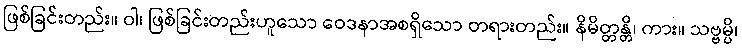
ဖြစ်ခြင်းတည်း။ ဝါ၊ ဖြစ်ခြင်းတည်းဟူသော ဝေဒနာအစရှိသော တရားတည်း။ နိမိတ္တန္တိ၊ ကား။ သဗ္ဗမ္ပိ၊